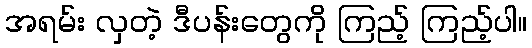
အရမ်း လှတဲ့ ဒီပန်းတွေကို ကြည့် ကြည့်ပါ။